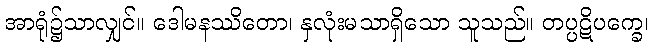
အာရုံ၌သာလျှင်။ ဒေါမနဿိတော၊ နှလုံးမသာရှိသော သူသည်။ တပ္ပဋိပက္ခေ၊